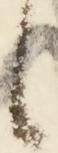
候